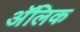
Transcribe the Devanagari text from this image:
अॅलिक